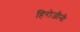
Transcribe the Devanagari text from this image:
हिरोजीनी